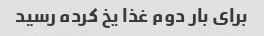
برای بار دوم غذا یخ کرده رسید